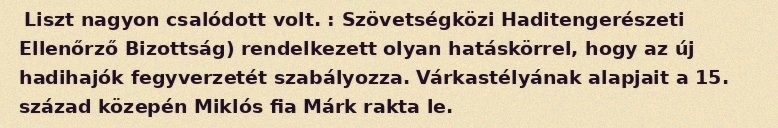
Liszt nagyon csalódott volt. : Szövetségközi Haditengerészeti Ellenőrző Bizottság) rendelkezett olyan hatáskörrel, hogy az új hadihajók fegyverzetét szabályozza. Várkastélyának alapjait a 15. század közepén Miklós fia Márk rakta le.